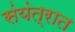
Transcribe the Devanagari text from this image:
संयंत्रात